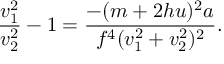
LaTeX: { \frac { v _ { 1 } ^ { 2 } } { v _ { 2 } ^ { 2 } } } - 1 = { \frac { - ( m + 2 h u ) ^ { 2 } a } { f ^ { 4 } ( v _ { 1 } ^ { 2 } + v _ { 2 } ^ { 2 } ) ^ { 2 } } } .